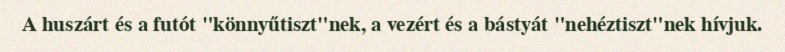
A huszárt és a futót "könnyűtiszt"nek, a vezért és a bástyát "nehéztiszt"nek hívjuk.